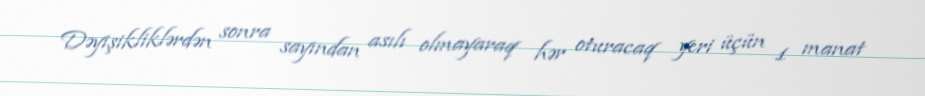
Dəyişikliklərdən sonra sayından asılı olmayaraq hər oturacaq yeri üçün 1 manat